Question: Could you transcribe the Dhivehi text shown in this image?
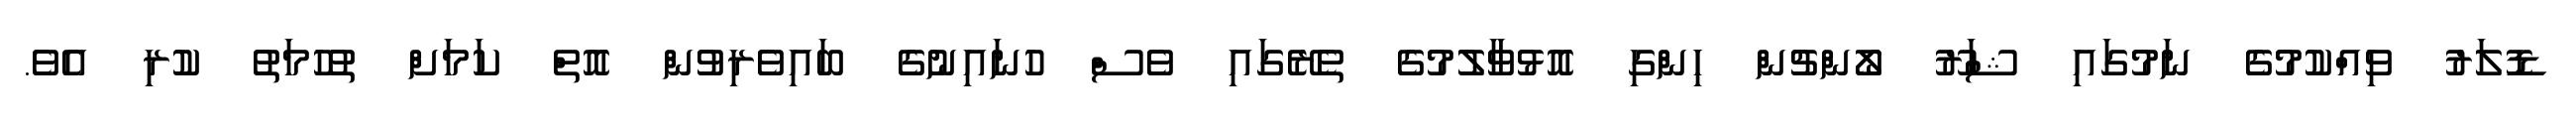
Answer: ޑޮލަރު ވިއްކުމުގެ ނަމުގައި ޝަރޫ ލޯންޗުން ހިންގި އޮޅުވާލުމުގެ ތެރޭގައި ވެސް ހުނައިނުގެ ބައިވެރިވުން އޮތް ކަމަށް ތުހުމަތު ކުރި އެވެ.